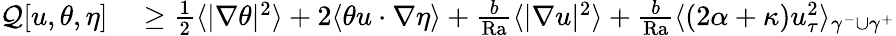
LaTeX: \begin{array}{rl}{\mathcal{Q}[u,\theta,\eta]}&{{}\geq\frac{1}{2}\langle|\nabla\theta|^{2}\rangle+2\langle\theta u\cdot\nabla\eta\rangle+\frac{b}{\mathrm{{Ra}}}\langle|\nabla u|^{2}\rangle+\frac{b}{\mathrm{{Ra}}}\langle(2\alpha+\kappa)u_{\tau}^{2}\rangle_{\gamma^{-}\cup\gamma^{+}}}\end{array}